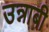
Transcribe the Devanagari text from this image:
उन्नाबी